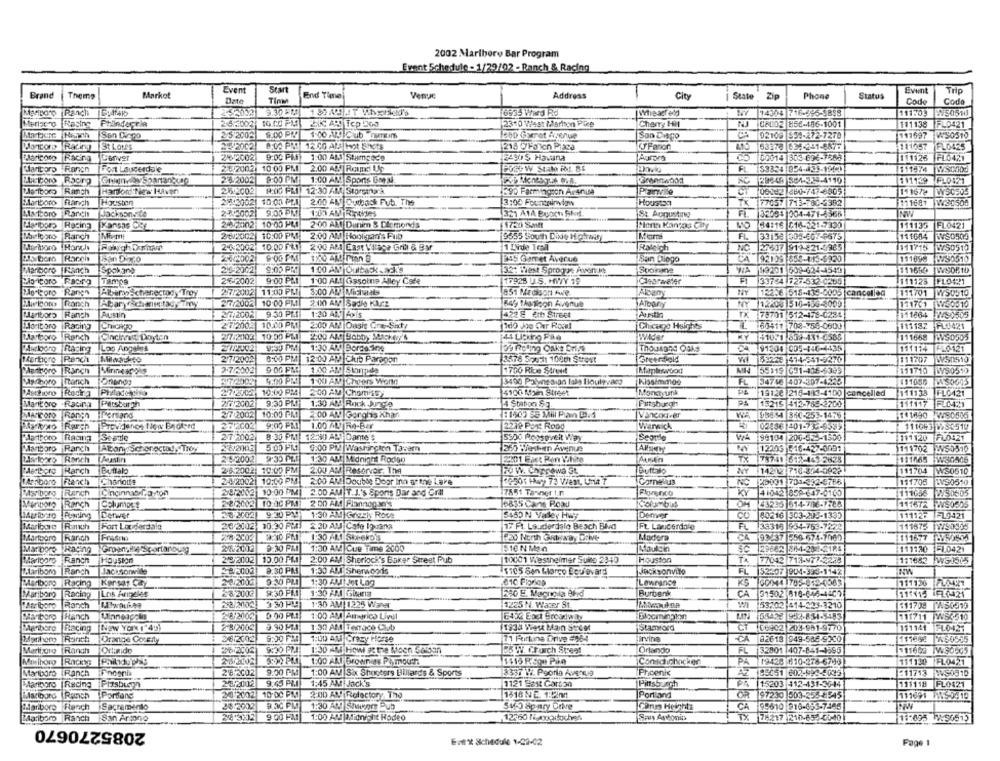
2002 Marlboro Bar Program
Event Schedule - 1/29/02 - Ranch & Racing
Event
Start
Event
Trip
Brand
Theme
Markot
Date
Tinm
End Time
Venue
Address
City
State
Phone
Status
Code
Coda
9.30 PM
6935 Ward Rd
Wheatley
14304 716-895-8858
111703
W50510
Racine
10.00 PM
Cherry Hil
08002 856-486-1001
111138
Philndacria
2310 West Marine Pice
FLD421
Martgese Hench
San Diego
2/5/2002
9:00 PM
1.00 A4/ Cub numnum
San Diego
92109 559-272-7278
111697
WS0510
25/2002
Wontons Racing St Lot's
218 OFO ich Placa
53378 634-241-6877
111057 FLO425
Maricoto
Racing
Conver
26/2002
9:00 PM) 1:00 AM Stumgece
24905 Havana
Aurora
C5 60014 303-696-1288
111125
FLO421
Fort Lauderdale
26/2003
10 00 PM
2.00 AM Ron Up
POSO W Stato PME. 81
53334 954-439-1900
Mantorp Ranch
111574 WS0503
2'5/2002
9:00 PM
1.00 AM Sports Gre y
29649 884-329-4110
111129
FLO121
Marlboro Ranch
Harford'New Haven
25.2002
H:00 FRI 12:30 AM Storeina k.
890 Farmingson Avanisa
06142 360-747-6005
151678 |W50505
Plainvise
Marlboro
Ranch
Houston
28.2002| 10-00 PEI
2.00 AM Outback Fub. The
3:00 Fountainvins
Houston
TX
77057 713-780-2392
111687 W30500
Mateoro
Rarch
2-13002
9:00 PM
321 ATA Byach Skud
St Augusting
3209: 004-471-6366
NIV
lariboro Racing
[Kansas City
20 -3102 10:00 PM
2:00 AM Durim & Diamonds
Henn Kansas City
MO
34116 C16-221-7330
111135 FL0421
Moltoro
Ranch
MEmt
202002
10:00 PM
2.00 AM Hooligan's Pub
9555 South Dide Highway
FL
33158 305-667-6675
111684 WS0509
24:20
10.00 FRD
2:00 AM [Cast Valage Gril & By
1 Lide 1cl
Raleich
NO
127637 919-821-5985
111715
WS0510
San Dirco
206020
9:00 PM
895 Garret Averue
San Diego
192199 658-113-6330
111698 W30510
Marboro |Ranch
Spokane
26-2002
9:00 PROTI
1:00 AM|Outback. acks
32+ Text Sprogpe Avon Je
99201 509-624-4540
111650 WSOR10
Tampa
26-2002
9:00 PLI
1:00 ALI Gssobre Alley Cafe
17928 U.S. HVIY 19
Cigarwater
33754 727-532-0265
111123
FLO421
Rangs
Pibarn Schenectady Troy
2/7/2002
11:00 PM
5:00 AM Michals
851 Madison Ave
Albany
122:6 618-135-0005 |cancelled
111701
W50510
2/7/2002
10:00 PM
2:00 AM Sadie KAcz
B49 thailcon Avenue
ATpary
NY 112200 510-188-009
111701 W50810
9.30 PMI
Hartboro
Ranch
Austin
207/2002
1:20 AM AN'S
422 E 4th Street
178701 512-478-0234
111664 W50505
Racing
2.7.2005
10.00 PM
2:00 AM |Dasit One-Sixt:
Chicago Heights
L
50411 708-756-0600
111132 HL0421
10:00 PM
Ranch Cinchrett Doyten
+1071 859-431-0585
111668 WS0505
Racing Los Angeles
277/20021
9:30 PM
1:30 AM Boraaring
Thousand Oaks
CA 91304 CD5-146-4435
111114 +10121
2/7/2002
W50510
Particro Rench
8:00 PM|12:00 AM Club Paragon
3578 South 100th Street
Greenfield
52238 414-541-9270
aerroro |Ranch
Minnescp's
2.7/2002
9 0G PM
1.00 AM Stingida
1700 Ribe Street
155119 631-438-4389
111710 990513
1 00 AM Cheers Wont
3400 Polynesian Isas Houlewarg
Kissimmos
34746 407-307-4525
march
Red 23 Philade sino
27/2002 10:00 PRA
2:00 AM Chomissy
4100 Main Street
Moneyunk
PE
19128 216-183-4100 cancelled
111138 FLO421
Mantoro - Racing |Petsburgh
9:30 PMH
1.30 AM Rock Junga
4 Station SE.
Pittsburgh
PA
15215 412-765-2200
MARCORO Ranch Perland
2/7/2002
10:00 PM
2.00 AM Gorghis Khan
[Vancouver
FB6 54 8HC-253-1476
141690 W80546
Rarch
9:00 FM
1.00 ALLT Re-Bar
2219 Port Rond
Warwick
02456 401-732-6595
111093 18SC510
Blantboro
RacIna
Ssante
2/7 2002
8.30 PM
12:90 ALS) Dante's
5soo Roosevelt Way
VIA
99194 200-53 -- 1500
111120
FLO421
Manboro
Ranch
5.00 PM
G:00 PM |Washington Tavam
1265 Techum Avenue
12203 516-427-0091
111702 W50510
Haelcoro Ranch [Austin
2 8/2002
1:30 AM Midnight Roden
2201 Fact Ron Vahine
TX
78741 612-4492828
111/45 W80506
Harch
Buttalo
2.6.2002
10:00 PM
2.00 AM Reservar, The
FU W. Chiprawa St
Buttato
14212 716-804-0922
111704
WS0610
10:00 PM
2850; Hay 73 Vient, Uma 7
14miboro
Thanch
Charlotte
2-4/2002
2:00 AM Double Door Inn atthe Lave
Cornelius
NO
120001 701-392-6786
111705
W90510
Msiboro |Ranch
28/2102 10:00 PM1
2.00 AM |T.I.'s Sports Bar and Grill
7851 Tanner 1.
Figrenco
KY
41042 85- 647-0105
111056 W/30605
10:00 PM
Ranch CElumost
2 00 AM FIannagao's
16835 Cane Road
OH
43235 514-706-7788
111672 W80505
Rowing Derwer
2-3.2002
9:30 PM9
1:30 AM Grazky Rose
5465 N Valey Hwy
Denver
CO
80216 303-295-1395
11112:
FLO421
Marlboro
Fort Lauderdale
26/2102
20:30 PMET
220 AM Cate Ipvans
17 Ft. Lauderdale Besch Blvd
Ft. Lauderdale
FL
111675 1W/50353
33316 954-763-7828
Marlboro
Ranch
28.2002
9:30 PM
1:30 AM Storeko's
Madera
CA
93237 559-674-7060
1116-7 55
9:30 PM
1:30 AM Cue Time 2000
5 16 N Mz A
TRA
111110 -1.0421
Marbore Racing
Mariparo Ranch
Houston
29/20102
10.00 PM
2:00 AM Sherlock's Baker Street Pub
|10001 Westheimer Suite 2340
Houston
TA
77042 713-977-2228
1:1663 WS1515
Jacksonwille
8.30 PM
1:30 AM Sherwoods
15105 Sen Mlerco Eopievard
Jacksonville
FL
NW
Mariboro | Ranch
$2207 904-393-1142
Marlboro Racing Kersas Cay
20/2008
9:30 PM
1:30 AM Jet Log
Lewranos
KS
SOM44 785-812-0583
111130 FLATT
Mariboro
Los Angeles
28-2002
1:30 AM bania
250 E. Magnola Bhid
Burbank
CA
31502 816-648-44001
1115 FL(421
Racing
Ranch
1.30 AM| 1225 Waner
1225 N. Wazer St.
53702 414-223-3210
$11708 [45051)
Ranch
2-@'2002
0.00 PM
1:00 AM America Uvel
E452 Enct Broodwia
1957-831-8483
111711 WSC510
Racing New York ( 45)
2 8/2003
9.90 MM
1:30 AM Terrace Club
1933 Viest Main Street
Stamford
06902 208-981-9770
111141
FL0421
Ranch
Drange Corsity
28:2002
1:00 AM Crazy Horse
71 Perkins Drive #964
Irvine
82618 949-586 5300
Ranch
B& W. Church Street
Orlando
FL
32801 407-841-1595
26/2002
1.00 ANI Brownies Plymouth
Conschchocker
PA
19420 610-276-6749
111130 FL0421
Marlboro Ranch
Lancenix
28/2002
9.00 PM
1:00 AM Six Shooters Billards & Sports
8337 H. Poorla Avenue
Phoenic
Az 85051 602-993-5009
611713 W59510
Marporo |Racing
Pizsbusyh
252002
9.45 PM
1:45 AM Jack's
1121 921 Garson
Pintsbusch
PA |15203 312-431-3644
111118 FLO421
Marlboro |Ranch Portland
2×0/2002
10:00 PM
2:00 AM Refectory The
1418 NE. 120
Portland
OR 97230 503-255 -545
111691 MWS-0519
Meriboro Ranch
Sacramento
28/3902
9.30 PM
1:30 AM Shakers Pub
516-9 Spory Dobre
Porus Heights
CA
99610 916-693-7445
TX
Marlboro Ranch San Antonio
2085270670
9 00 PM
1:00 AM Midnight Rodeo
12360 Hnoutchen
Saus Asvonins
75217 210-652-4040
11:495 W90515
Evit's Schedule 1-02-02
Fage 1